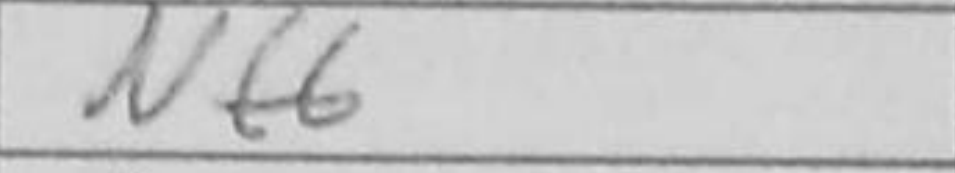
Transcription: Nf6